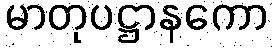
မာတုပဋ္ဌာနကော